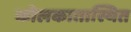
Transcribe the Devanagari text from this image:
कोलकातास्थित